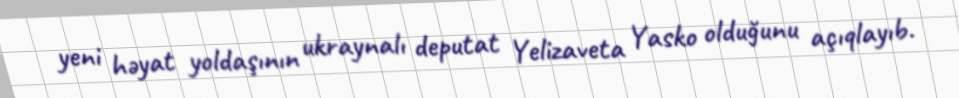
yeni həyat yoldaşının ukraynalı deputat Yelizaveta Yasko olduğunu açıqlayıb.